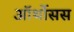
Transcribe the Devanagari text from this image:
ऑर्थोसस